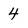
Character: 4